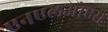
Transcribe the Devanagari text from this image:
एनएलओएस